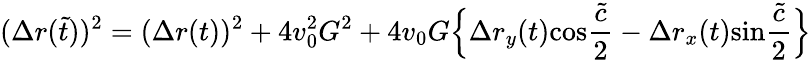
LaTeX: (\Delta r(\tilde{t}))^{2}=(\Delta r(t))^{2}+4v_{0}^{2}G^{2}+4v_{0}G\Big\{ \Delta r_{y}(t)\mathrm{cos}{\frac{\tilde{c}}{2}}-\Delta r_{x}(t)\mathrm{sin}{\frac{\tilde{c}}{2}}\Big\}